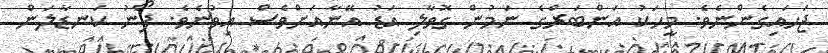
ޖަހައިގެންނެވެ. މީހަކު އަންބަރްގެ ނަމުން ގޮވާލި އަޑު އޭނާއަށްވެސް އިވުނެވެ. ފޯނު ކަނޑާލަން